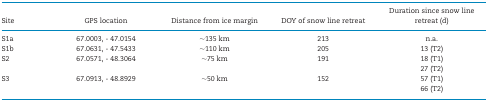
<table><thead><tr><td><b>Site</b></td><td><b>GPS location</b></td><td><b>Distance from ice margin</b></td><td><b>DOY of snow line retreat</b></td><td><b>Duration since snow line retreat (d)</b></td></tr></thead><tbody><tr><td>S1a</td><td>67.0003, - 47.0154</td><td>∼135 km</td><td>213</td><td>n.a.</td></tr><tr><td>S1b</td><td>67.0631, - 47.5433</td><td>∼110 km</td><td>205</td><td>13 (T2)</td></tr><tr><td>S2</td><td>67.0571, - 48.3064</td><td>∼75 km</td><td>191</td><td>18 (T1)</td></tr><tr><td></td><td></td><td></td><td></td><td>27 (T2)</td></tr><tr><td>S3</td><td>67.0913, - 48.8929</td><td>∼50 km</td><td>152</td><td>57 (T1)</td></tr><tr><td></td><td></td><td></td><td></td><td>66 (T2)</td></tr></tbody></table>